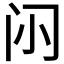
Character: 𮤭